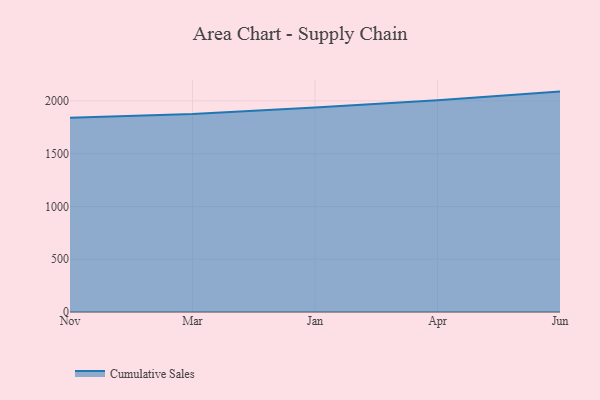
{"axis": {"x": "Month", "y": "Customer Acquisition Cost (USD)"}, "legend": ["Cumulative Sales"], "data": [{"x": "Nov", "y": 1840.2, "type": "Cumulative Sales"}, {"x": "Mar", "y": 1875.0, "type": "Cumulative Sales"}, {"x": "Jan", "y": 1936.6, "type": "Cumulative Sales"}, {"x": "Apr", "y": 2006.0, "type": "Cumulative Sales"}, {"x": "Jun", "y": 2087.4, "type": "Cumulative Sales"}]}